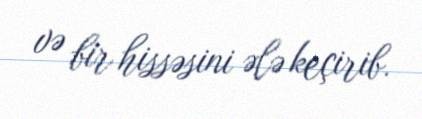
və bir hissəsini ələ keçirib.